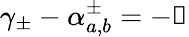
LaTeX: \gamma_{\pm}-\alpha_{a,b}^{\pm}=-\mathscr{k}